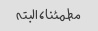
مطمئنا، البته